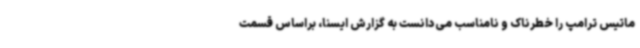
ماتیس ترامپ را خطرناک و نامناسب می‌دانست به گزارش ایسنا، براساس قسمت